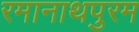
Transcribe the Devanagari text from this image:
रमानाथपुरम